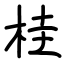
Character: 桂